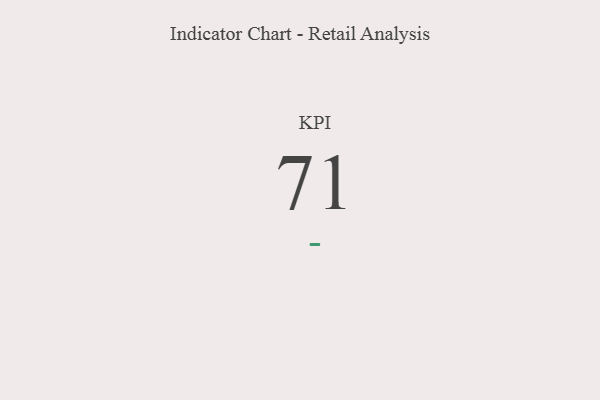
{"axis": {"x": "KPI", "y": "Value"}, "legend": [""], "data": [{"x": "KPI", "y": 71, "type": ""}]}